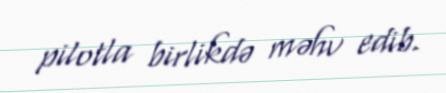
pilotla birlikdə məhv edib.